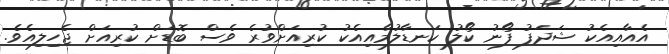
އެއާއިއެކު ޝަދަފު ފޯނު ކޯލު ކަނޑާލުމާއިއެކު ކުރިއަށްވުރެ ވެސް ބޮޑަށް ކުރިއަށް ޖެހިލިއެވެ.